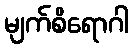
မျက်စိရောဂါ